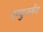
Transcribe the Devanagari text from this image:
एम्युजमेंट